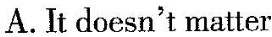
A.It doesn't matter